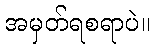
အမှတ်ရစရာပဲ။